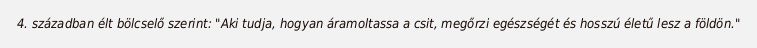
4. században élt bölcselő szerint: "Aki tudja, hogyan áramoltassa a csit, megőrzi egészségét és hosszú életű lesz a földön."